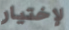
لإختيار